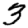
Digit: 3